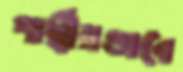
পার্শ্বীয়ভাবে